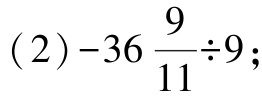
(2) \(-36\frac{9}{11}\div9\);